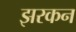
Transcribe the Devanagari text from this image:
झरकन